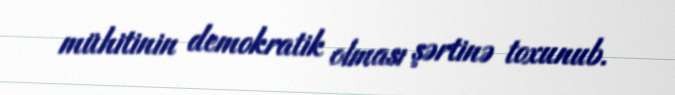
mühitinin demokratik olması şərtinə toxunub.